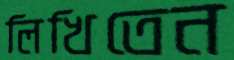
লিখিতেন